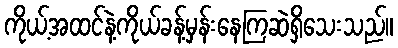
ကိုယ့်အထင်နဲ့ကိုယ်ခန့်မှန်းနေကြဆဲရှိသေးသည်။